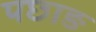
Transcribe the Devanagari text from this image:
पछाङ